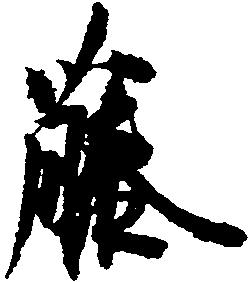
藤